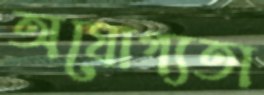
অযোগ্যতা